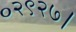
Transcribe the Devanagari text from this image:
०२९२७।